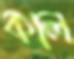
কাল